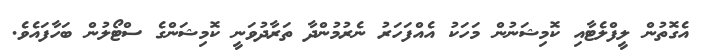
އެގޮތުން ލީފްލެޓާއި ކޮމިޝަނުން މަހަކު އެއްފަހަރު ނެރުމުންދާ ތަރާދުވަނީ ކޮމިޝަންގެ ސްޓޯލުން ބަހާފައެވެ.